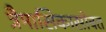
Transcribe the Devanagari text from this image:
त्रैमासिकासोबत